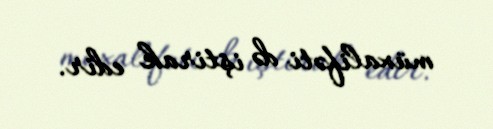
müxalifəti də iştirak edir.